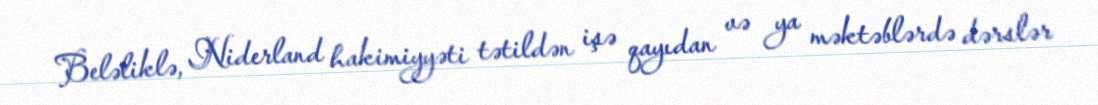
Beləliklə, Niderland hakimiyyəti tətildən işə qayıdan və ya məktəblərdə dərslər